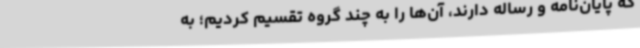
که پایان‌نامه و رساله دارند، آن‌ها را به چند گروه تقسیم کردیم؛ به